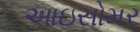
આઇસોમર